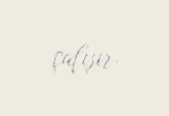
çalışır.